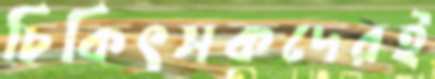
চিকিৎসকদেরই